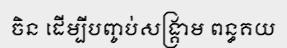
ចិន ដើម្បីបញ្ចប់សង្គ្រាម ពន្ធគយ